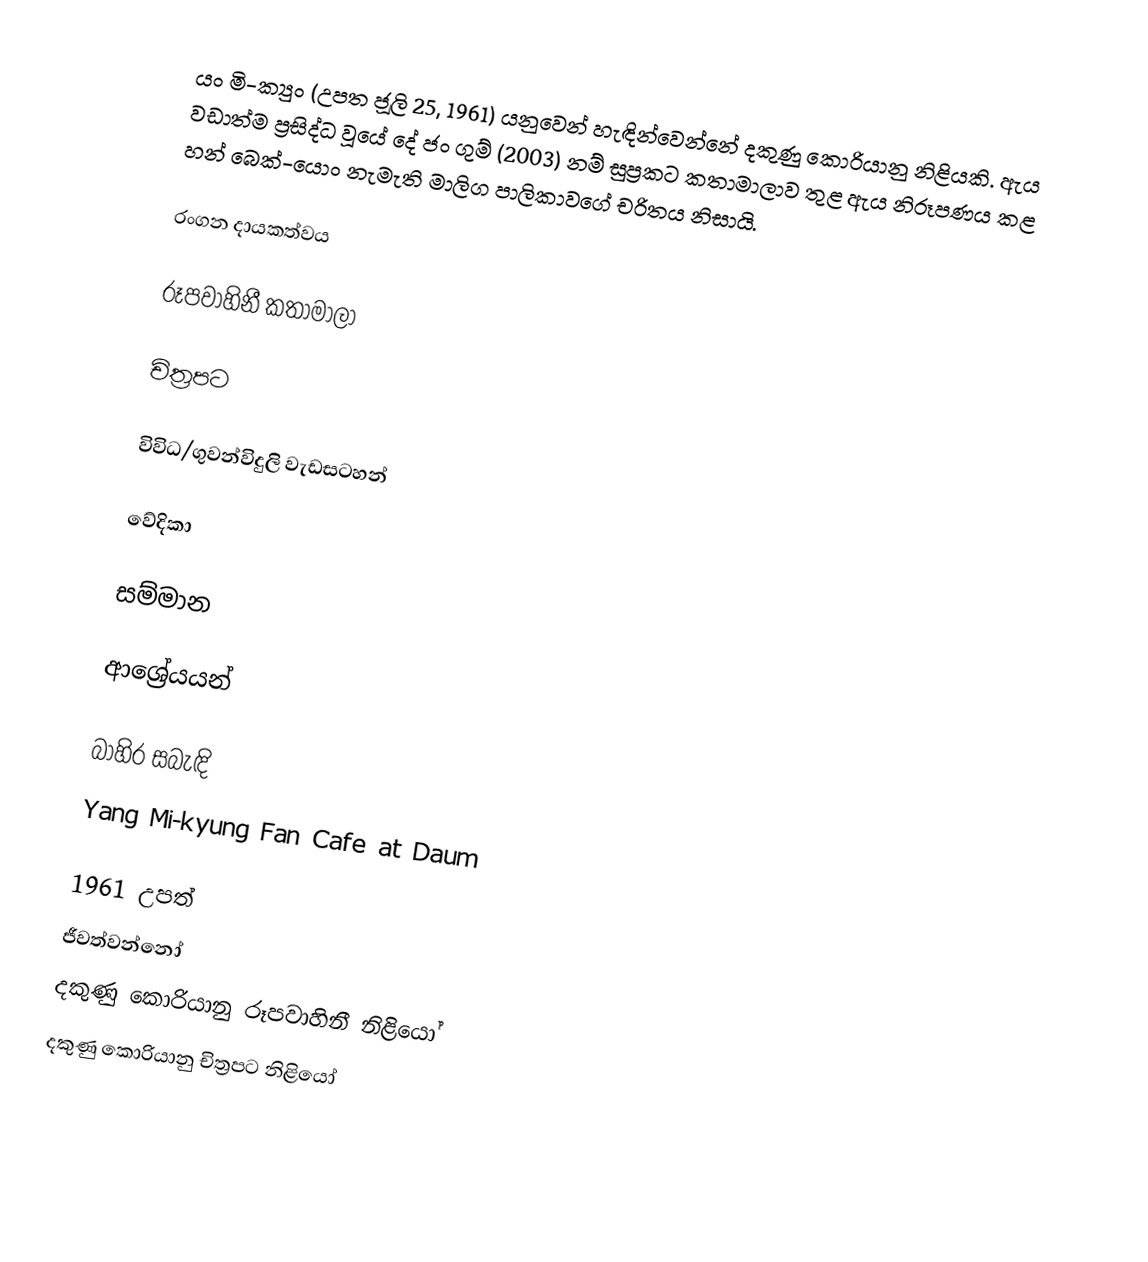
යං මි-ක්‍යුං (උපත ජූලි 25, 1961) යනුවෙන් හැඳින්වෙන්නේ දකුණු කොරියානු නිළියකි. ඇය වඩාත්ම ප්‍රසිද්ධ වූයේ දේ ජං ගුම් (2003) නම් සුප්‍රකට කතාමාලාව තුළ ඇය නිරූපණය කළ හන් බෙක්-යොං නැමැති මාලිග පාලිකාවගේ චරිතය නිසායි.

රංගන දායකත්වය

රූපවාහිනී කතාමාලා

චිත්‍රපට

විවිධ/ගුවන්විදුලි වැඩසටහන්

වේදිකා

සම්මාන

ආශ්‍රේයයන්

බාහිර සබැඳි
Yang Mi-kyung Fan Cafe at Daum

1961 උපත්
ජීවත්වන්නෝ
දකුණු කොරියානු රූපවාහිනී නිළියෝ
දකුණු කොරියානු චිත්‍රපට නිළියෝ